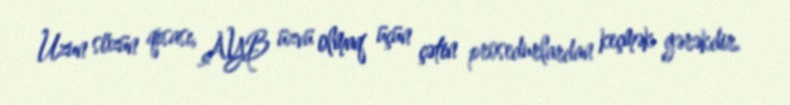
Uzun sözün qısası, AYB üzvü olmaq üçün çətin prosedurlardan keçmək gərəkdir.